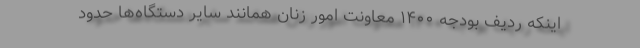
اینکه ردیف بودجه ۱۴۰۰ معاونت امور زنان همانند سایر دستگاه‌ها حدود